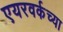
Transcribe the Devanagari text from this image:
एयरवर्कच्या